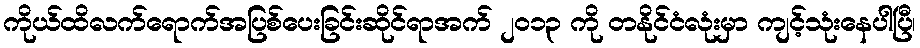
ကိုယ်ထိလက်ရောက်အပြစ်ပေးခြင်းဆိုင်ရာအက် ၂၀၁၃ ကို တနိုင်ငံလုံးမှာ ကျင့်သုံးနေပါပြီ၊